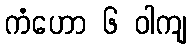
ကံဟော ၆ ဝါကျ